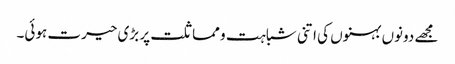
مجھے دونوں بہنوں کی اتنی شباہت و مماثلت پر بڑی حیرت ہوئی۔